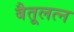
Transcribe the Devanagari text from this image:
बैतूलत्न